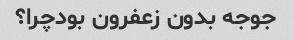
جوجه بدون زعفرون بودچرا؟